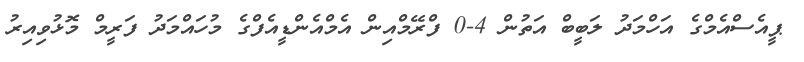
ޕީއެސްއެމްގެ އަހްމަދު ލަބީބް އަތުން 4-0 ފްރޭމްއިން އެމްއެންޑީއެފްގެ މުހައްމަދު ފަރީމް މޮޅުވިއިރު